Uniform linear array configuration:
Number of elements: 32
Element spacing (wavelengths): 1
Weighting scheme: cosine
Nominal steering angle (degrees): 15
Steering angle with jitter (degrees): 14.646
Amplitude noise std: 0.05
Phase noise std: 0.05

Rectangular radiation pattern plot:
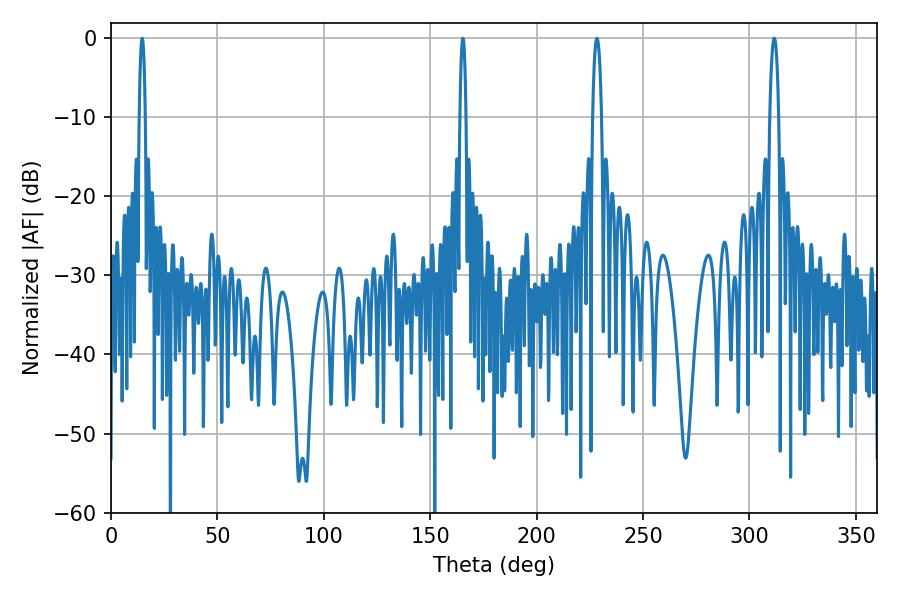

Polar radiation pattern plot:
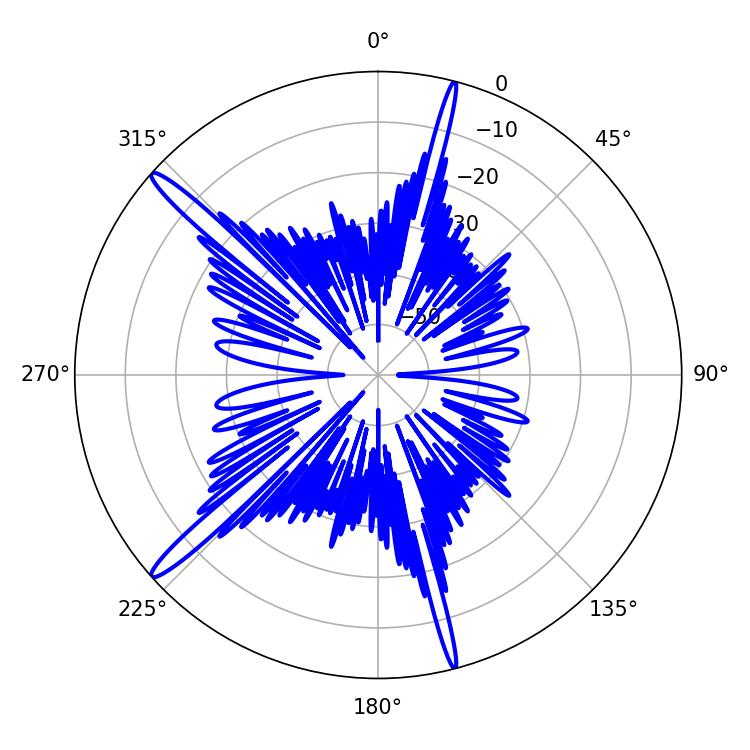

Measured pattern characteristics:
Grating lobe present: TRUE
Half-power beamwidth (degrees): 2.34
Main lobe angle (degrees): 311.58